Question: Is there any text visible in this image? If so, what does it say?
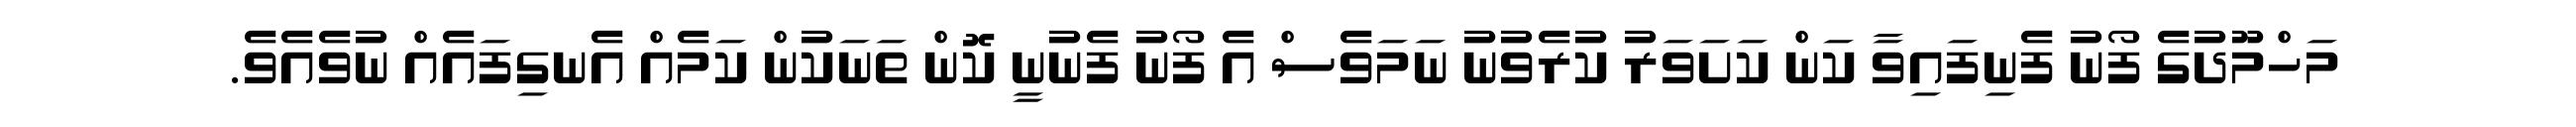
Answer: މަހްމޫދުގެ ފޯނު ފެނިފައިވާ ކަން ކަށަވަރު ކުރެވުނު ނަމަވެސް އެ ފޯނު ފެނުނީ ކޮން ތަނަކުން ކަމެއް އެނގިފައެއް ނުވެއެވެ.